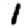
Digit: 1